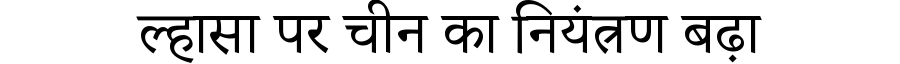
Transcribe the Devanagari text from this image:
ल्हासा पर चीन का नियंत्रण बढ़ा